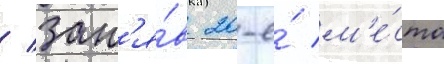
/ зан'я́в 20-е́ м'е́сто